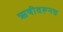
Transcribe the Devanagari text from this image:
ऋषीवरूनच